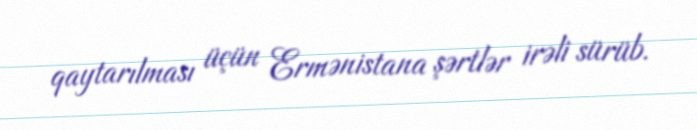
qaytarılması üçün Ermənistana şərtlər irəli sürüb.